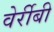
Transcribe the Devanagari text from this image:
वेर्रीबी